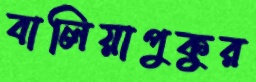
বালিয়াপুকুর